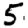
Digit: 5